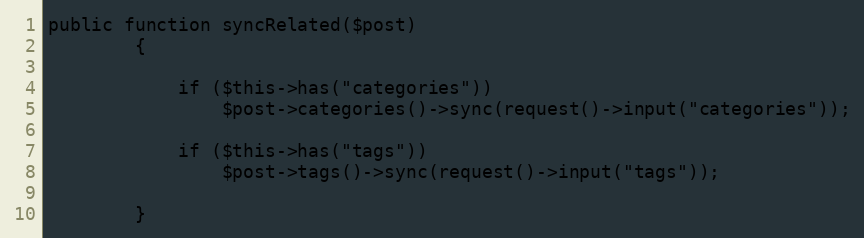
Language: PHP
public function syncRelated($post)
        {

            if ($this->has("categories"))
                $post->categories()->sync(request()->input("categories"));

            if ($this->has("tags"))
                $post->tags()->sync(request()->input("tags"));

        }